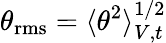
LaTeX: \theta_{\mathrm{rms}}=\langle\theta^{2}\rangle_{V,t}^{1/2}